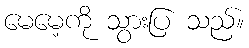
မေမေ့ကို သွားပြ သည်။